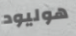
هوليود